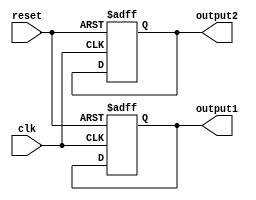
module behavioral_modeling_block(
    input wire clk,
    input wire reset,
    // add additional input ports as needed
    output reg output1,
    output reg output2
    // add additional output ports as needed
);

// define internal reg signals
reg previous_clk;
reg previous_reset;

// describe the behavior of the circuit
always @(posedge clk or negedge reset) begin
    if (~reset) begin
        output1 <= 1'b0; // update output1 on negative edge of reset signal
        output2 <= 1'b0; // update output2 on negative edge of reset signal
    end else if (clk && ~previous_clk) begin
        // update outputs on positive edge of clock signal
        // implement your logic here
    end
end

// update previous signals
always @* begin
    previous_clk <= clk;
    previous_reset <= reset;
end

endmodule